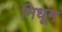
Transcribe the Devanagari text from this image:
निधूम